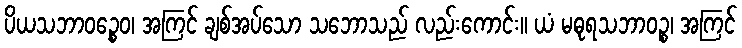
ပိယသဘာဝဉ္စေဝ၊ အကြင် ချစ်အပ်သော သဘောသည် လည်းကောင်း။ ယံ မဓုရသဘာဝဉ္စ၊ အကြင်